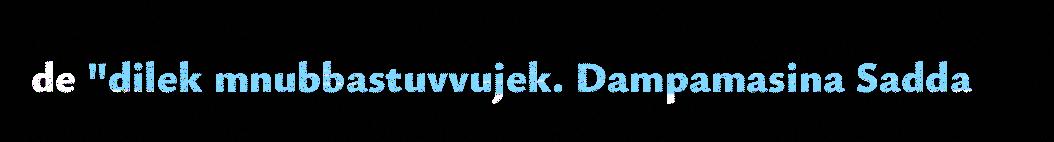
de "dilek mnubbastuvvujek. Dampamasina Sadda